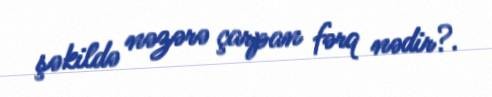
şəkildə nəzərə çarpan fərq nədir?.